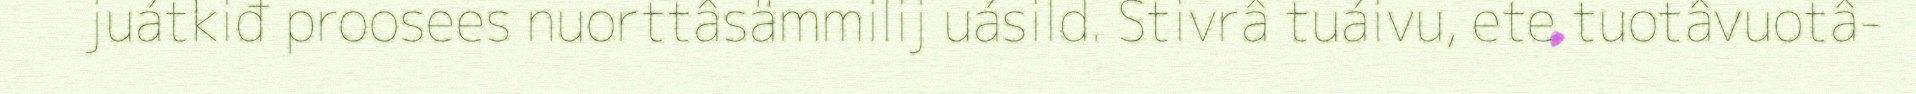
juátkiđ proosees nuorttâsämmilij uásild. Stivrâ tuáivu, ete tuotâvuotâ-